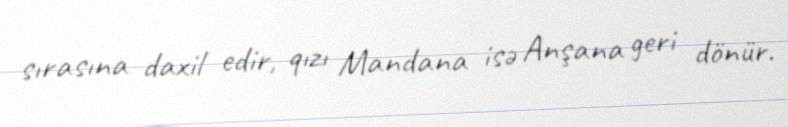
sırasına daxil edir, qızı Mandana isə Anşana geri dönür.